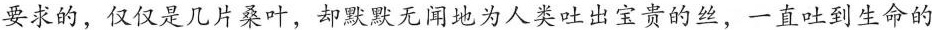
要求的，仅仅是几片桑叶，却默默无闻地为人类吐出宝贵的丝，一直吐到生命的